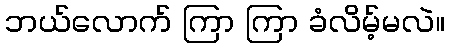
ဘယ်လောက် ကြာ ကြာ ခံလိမ့်မလဲ။